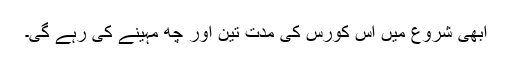
ابھی شروع میں اس کورس کی مدت تین اور چھ مہینے کی رہے گی۔